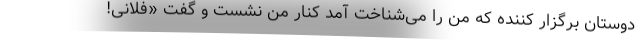
دوستان برگزار کننده که من را می‌شناخت آمد کنار من نشست و گفت «فلانی!